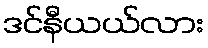
ဒင်နီယယ်လား